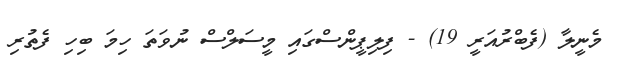
މެނީލާ (ފެބްރުއަރީ 19) - ފިލިޕީންސްގައި މީސަލްސް ނުވަތަ ހިމަ ބިހި ފެތުރި